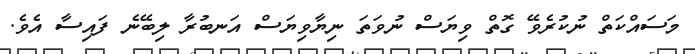
މަސައްކަތް ނުކުރެވޭ ގޮތް ވިޔަސް ނުވަތަ ނިޔާވިޔަސް އަނބުރާ ލިބޭނެ ފައިސާ އެވެ.